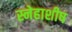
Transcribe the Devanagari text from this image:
स्नेहाशीष